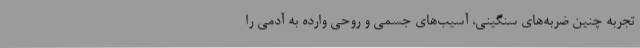
تجربه چنین ضربه‌های سنگینی، آسیب‌های جسمی و روحی وارده به آدمی را